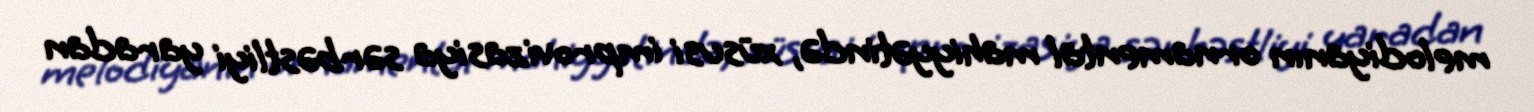
melodiyanın ornamental mahiyyətində, xüsusi improvizasiya sərbəstliyi yaradan